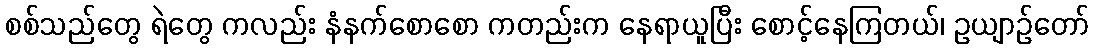
စစ်သည်တွေ ရဲတွေ ကလည်း နံနက်စောစော ကတည်းက နေရာယူပြီး စောင့်နေကြတယ်၊ ဥယျာဉ်တော်